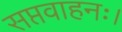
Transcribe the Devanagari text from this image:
सप्तवाहनः।